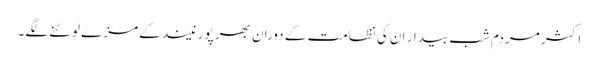
اکثر مردم شب بیدار ان کی نظامت کے دوران بھرپور نیند کے مزے لوٹنے لگے۔